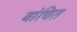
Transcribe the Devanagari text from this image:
वांचित